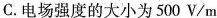
C.电场强度的大小为500V/m